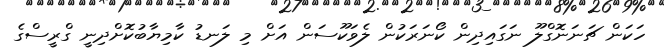
ހަކަން ޗަނަނޮގްލޫ ނަގައިދިން ކޯނަރަކުން ލެވަކޫސަން އަށް މި ލަނޑު ކާމިޔާބުކޮށްދިނީ ގްރީސްގެ